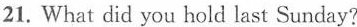
21.What did you hold last Sunday?